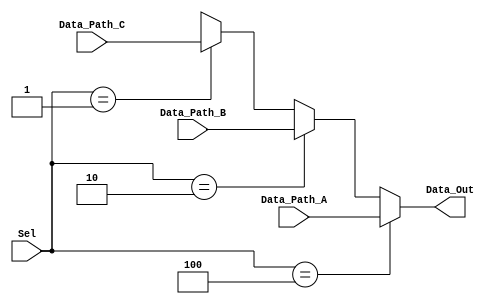

module CW_Mux31 (Data_Path_A, Data_Path_B, Data_Path_C,Sel, Data_Out); 

   parameter n = 8 ;

   input[n-1:0] Data_Path_A; 
   input[n-1:0] Data_Path_B; 
   input[n-1:0] Data_Path_C; 
 
   input[2:0] Sel; 
   output[n-1:0] Data_Out; 
   wire  [n-1:0] Data_Out;

   assign Data_Out = (Sel ==  3'b100) ? Data_Path_A :
                     (Sel ==  3'b010) ? Data_Path_B :
                     (Sel ==  3'b001) ? Data_Path_C :  {n{1'bx}};
   
endmodule